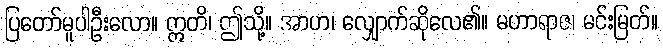
ပြတော်မူပါဦးလော။ ဣတိ၊ ဤသို့။ အာဟ၊ လျှောက်ဆိုလေ၏။ မဟာရာဇ၊ မင်းမြတ်။